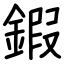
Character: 鍜